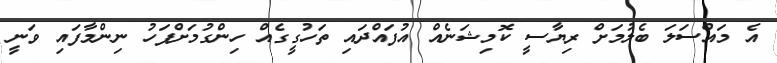
އެ މައްސަލަ ބެލުމަށް ރިޔާސީ ކޮމިޝަނެއް އުފައްދައި ތަހުގީގެއް ހިންގުމަށްފަހު ނިންމާފައި ވަނީ